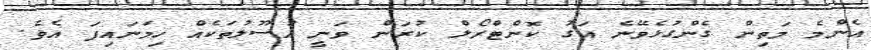
އެންމެ މަތިން ގެންގުޅެވޭނެ އަގު ކޮންޓްރޯލް ކުރަން ވަނީ އުސޫލުތަކެއް ހިމަނައިފަ އެވެ.